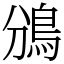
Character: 鳻